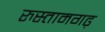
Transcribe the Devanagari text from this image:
रुस्तामगढ़